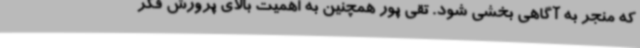
که منجر به آگاهی بخشی شود. تقی پور همچنین به اهمیت بالای پرورش فکر